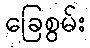
ခြေစွမ်း